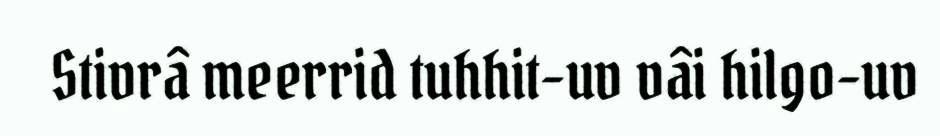
Stivrâ meerrid tuhhit-uv vâi hilgo-uv